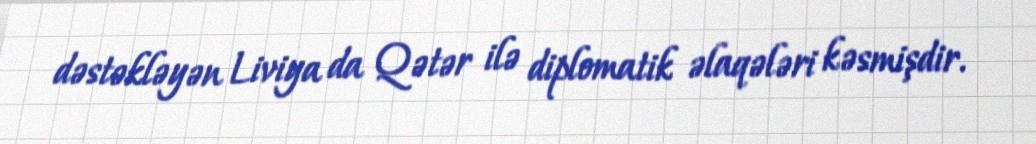
dəstəkləyən Liviya da Qətər ilə diplomatik əlaqələri kəsmişdir.